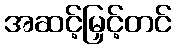
အဆင့်မြှင့်တင်